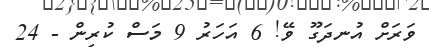
ވަރަށް އުނދަގޫ ވޭ! 6 އަހަރު 9 މަސް ކުރިން - 24